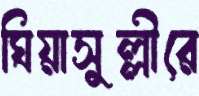
ঘিয়াসুল্লীরে